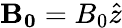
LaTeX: \mathbf{B_{0}}=B_{0}\hat{z}